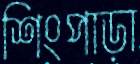
শিংপাড়া